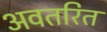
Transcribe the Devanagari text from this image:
अवतरित